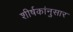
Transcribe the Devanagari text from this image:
शीर्षकांनुसार